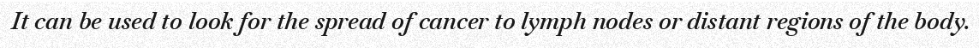
It can be used to look for the spread of cancer to lymph nodes or distant regions of the body.